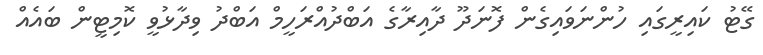
ގޭޓު ކައިރީގައި ހުންނަވައިގެން ފޮނަދޫ ދާއިރާގެ އަބްދުއްރަހީމް އަބްދު ވިދާޅުވީ ކޮމިޓީން ބައެއް